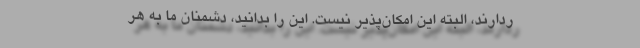
ردارند، البته این امکان‌پذیر نیست. این را بدانید، دشمنان ما به هر